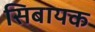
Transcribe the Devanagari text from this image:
सिबायक